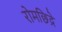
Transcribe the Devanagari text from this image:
रोमछिद्रे